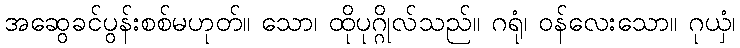
အဆွေခင်ပွန်းစစ်မဟုတ်။ သော၊ ထိုပုဂ္ဂိုလ်သည်။ ဂရုံ၊ ဝန်လေးသော။ ဂုယှံ၊